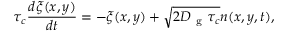
\tau _ { c } \frac { d \xi ( x , y ) } { d t } = - \xi ( x , y ) + \sqrt { 2 D _ { \mathrm { ~ g ~ } } \tau _ { c } } n ( x , y , t ) ,